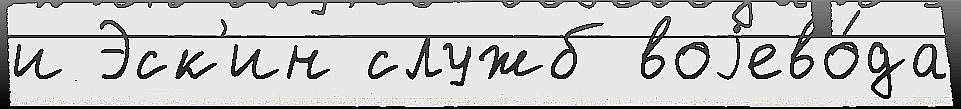
и Эск'ин служб воjево́да